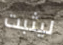
ليثبت